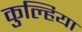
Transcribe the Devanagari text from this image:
कुल्हिया